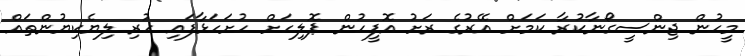
މީހުން ޖިންސީގޯނާކުރާ ކަމަށް އޭރުގެ ރަށު އޮފީހުން ޕޮލިހަށް ހުށަހަޅާފައި ހުރި ލިޔެކިޔުންތައް